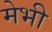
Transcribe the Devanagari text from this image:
मेभी